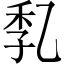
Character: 𠃷